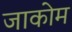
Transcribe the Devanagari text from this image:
जाकोम